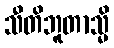
သီတိဘူတာသ္မိ